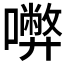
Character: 𡃇